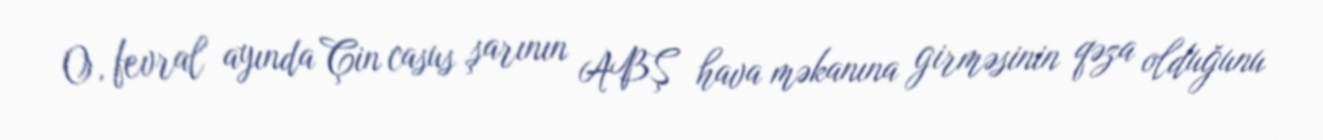
O, fevral ayında Çin casus şarının ABŞ hava məkanına girməsinin qəza olduğunu